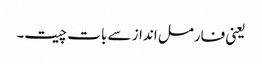
یعنی فارمل انداز سے بات چیت۔